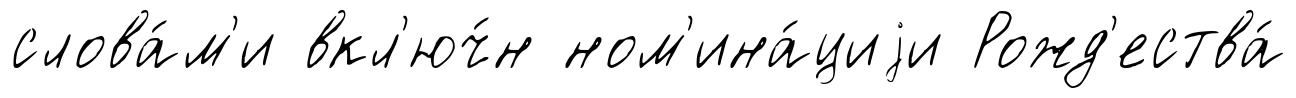
слова́м'и вкл'юч́н ном'ина́циjи Рожд'ества́